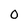
Character: 0